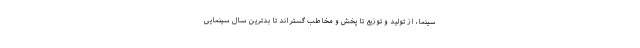
سینما، از تولید و توزیع تا پخش و مخاطب گستراند تا بدترین سال سینمایی